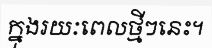
ក្នុងរយៈពេលថ្មីៗនេះ។